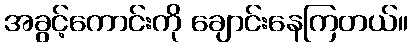
အခွင့်ကောင်းကို ချောင်းနေကြတယ်။